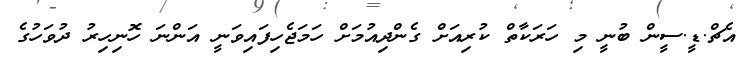
އެޗް.ޑީ.ސީން ބުނީ މި ހަރަކާތް ކުރިއަށް ގެންދިއުމަށް ހަމަޖެހިފައިވަނީ އަންނަ ހޮނިހިރު ދުވަހުގެ